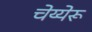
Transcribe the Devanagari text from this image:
चेय्येरू